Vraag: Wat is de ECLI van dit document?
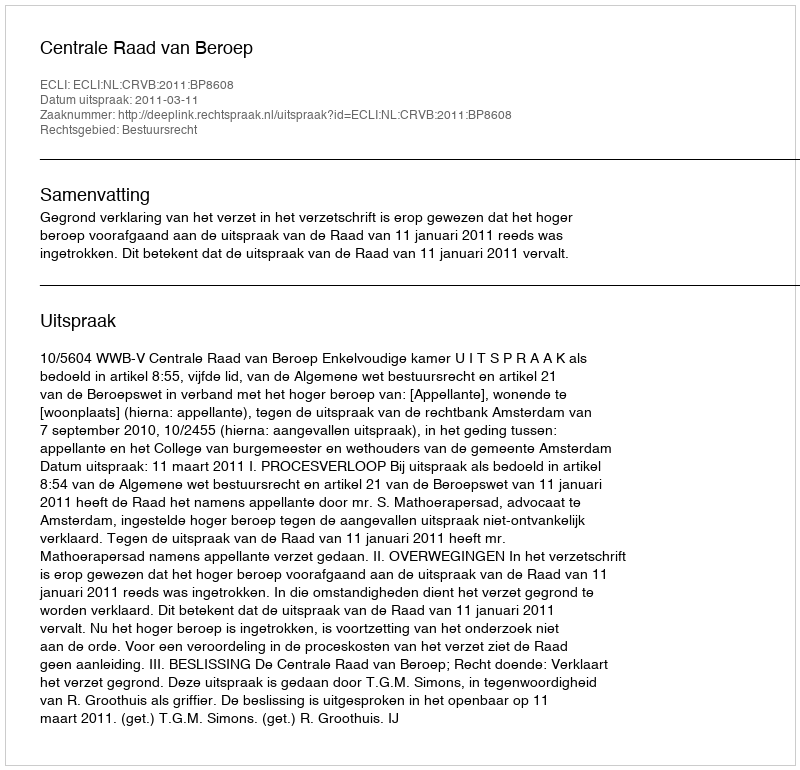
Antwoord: ECLI:NL:CRVB:2011:BP8608